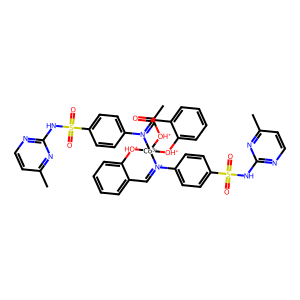
SMILES: CC(=O)[OH+][Co-3]12([OH+]c3ccccc3C=[N+]1c1ccc(S(=O)(=O)Nc3nccc(C)n3)cc1)[OH+]c1ccccc1C=[N+]2c1ccc(S(=O)(=O)Nc2nccc(C)n2)cc1
Inhibits HIV replication: No